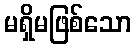
မရှိမဖြစ်သော